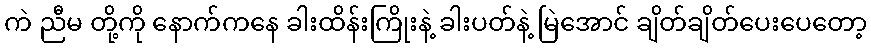
ကဲ ညီမ တို့ကို နောက်ကနေ ခါးထိန်းကြိုးနဲ့ ခါးပတ်နဲ့ မြဲအောင် ချိတ်ချိတ်ပေးပေတော့